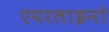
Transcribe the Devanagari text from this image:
एयरलाइनो